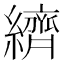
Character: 纃